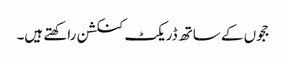
ججوں کے ساتھ ڈریکٹ کنکشن راکھتے ہیں۔